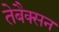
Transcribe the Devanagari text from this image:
तेबैक्सन